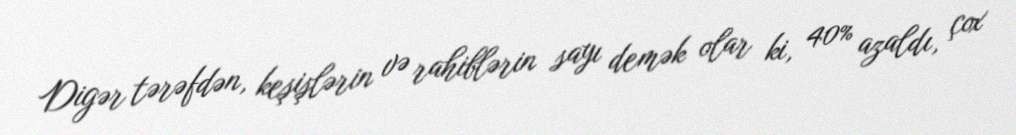
Digər tərəfdən, keşişlərin və rahiblərin sayı demək olar ki, 40% azaldı, çox